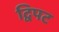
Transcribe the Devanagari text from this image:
द्विपट